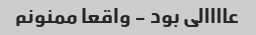
عاااالی بود - واقعا ممنونم